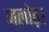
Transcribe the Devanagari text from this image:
जलोढ़।